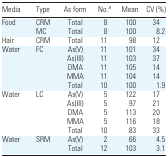
| Media | Type | As form | No.a | Mean | CV (%) |
 | --- | --- | --- | --- | --- | --- |
 | Food | CRM | Total | 8 | 100 | 34 |
 |  | MC | Total | 8 | 100 | 8.2 |
 | Hair | CRM | Total | 11 | 98 | 12 |
 | Water | FC | As(V) | 11 | 101 | 34 |
 |  |  | As(III) | 11 | 103 | 37 |
 |  |  | DMA | 11 | 105 | 14 |
 |  |  | MMA | 11 | 104 | 14 |
 |  |  | Total | 10 | 100 | 1.9 |
 | Water | LC | As(V) | 5 | 122 | 17 |
 |  |  | As(III) | 5 | 97 | 21 |
 |  |  | DMA | 5 | 113 | 20 |
 |  |  | MMA | 5 | 116 | 18 |
 |  |  | Total | 10 | 83 | 33 |
 | Water | SRM | As(V) | 2 | 66 | 4.5 |
 |  |  | Total | 12 | 103 | 3.1 |